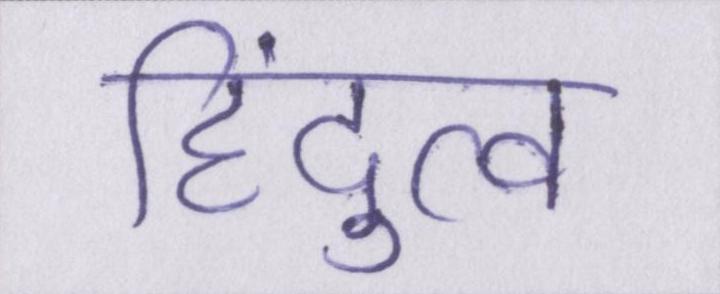
हिंदुत्व